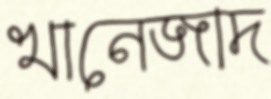
খানেজাদ